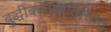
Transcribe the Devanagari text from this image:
बुद्धीबळाव्यतिरिक्त